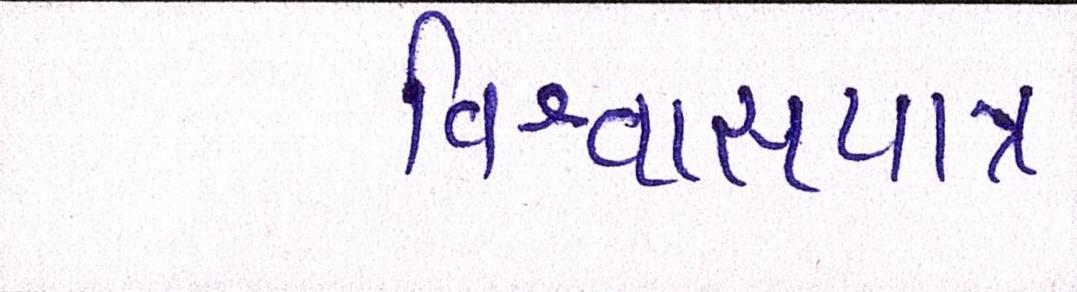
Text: વિશ્વાસપાત્ર